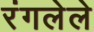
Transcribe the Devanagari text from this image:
रंगलेले